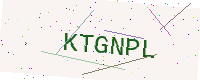
Text: KTGNPL